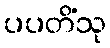
ပပတိံသု